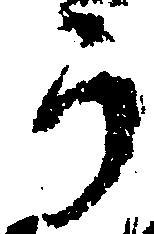
う